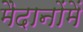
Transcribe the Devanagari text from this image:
मैदानोंमें